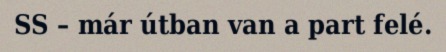
SS – már útban van a part felé.